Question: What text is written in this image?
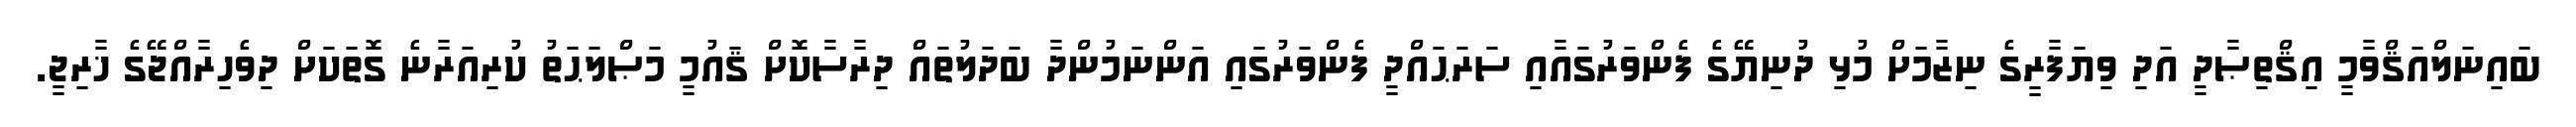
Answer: ބައިނަލްއަޤްވާމީ އިޤްތިޞާދީ އަދި ވިޔަފާރީގެ ނިޒާމަށް މުޅި ދުނިޔޭގެ ފެންވަރުގައާއި ސަރަޙައްދީ ފެންވަރުގައި އަންނަމުންދާ ބަދަލުތައް ދިރާސާކޮށް ޤައުމީ މަޞްލަޙަތު ކުރިއަރާނެ ގޮތަކަށް ދިވެހިރާއްޖޭގެ ޚާރިޖީ.